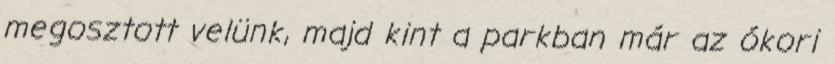
megosztott velünk, majd kint a parkban már az ókori